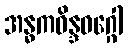
အန္ဓကဝိန္ဒဝဂ္ဂေါ